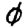
Digit: 0